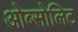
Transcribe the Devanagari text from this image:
ओब्सोलिट